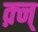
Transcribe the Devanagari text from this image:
क़्न्